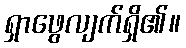
ရှာဖွေလျက်ရှိ၏။